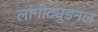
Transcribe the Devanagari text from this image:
लांगीट्युडनल